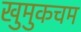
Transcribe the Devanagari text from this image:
खुमुकचम